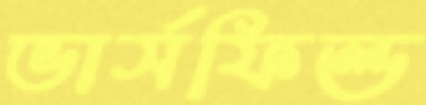
ভার্সফিল্ড